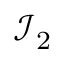
\mathcal { I } _ { 2 }